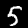
Digit: 5